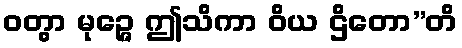
ဝတွာ မုဉ္ဇေ ဤသိကာ ဝိယ ဌိတော”တိ